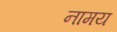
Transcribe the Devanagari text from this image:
नामय